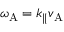
\omega _ { \mathrm { A } } = k _ { \| } v _ { \mathrm { A } }